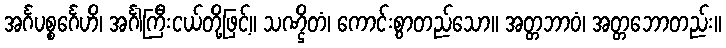
အင်္ဂပစ္စင်္ဂေဟိ၊ အင်္ဂါကြီးငယ်တို့ဖြင့်။ သဏ္ဌိတံ၊ ကောင်းစွာတည်သော။ အတ္တဘာဝံ၊ အတ္တဘောတည်း။